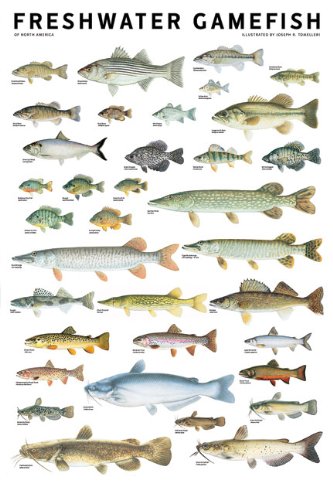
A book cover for Freshwater Gamefish of North America Poster; Arts & Photography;